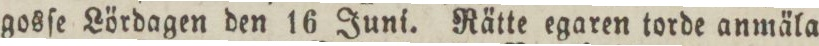
gosſe Lördagen den 16 Juni. Rätte egaren torde anmäla